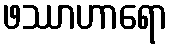
ဖဿာဟာရော